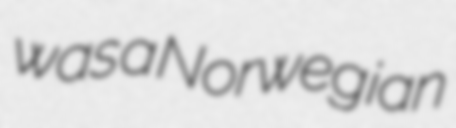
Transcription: was a Norwegian